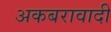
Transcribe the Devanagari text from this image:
अकबरावादी